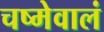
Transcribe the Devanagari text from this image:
चष्मेवालं